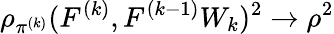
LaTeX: \rho_{\pi^{(k)}}(F^{(k)},F^{(k-1)}W_{k})^{2}\to\rho^{2}